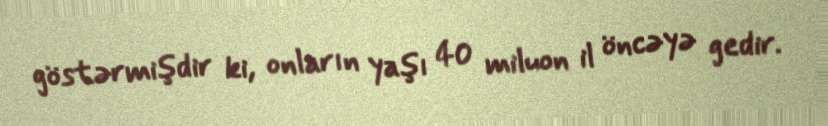
göstərmişdir ki, onların yaşı 40 miluon il öncəyə gedir.